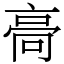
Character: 䯧